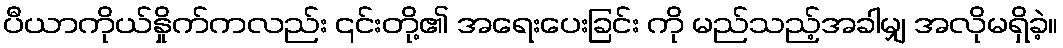
ပီယာကိုယ်နှိုက်ကလည်း ၎င်းတို့၏ အရေးပေးခြင်း ကို မည်သည့်အခါမျှ အလိုမရှိခဲ့။